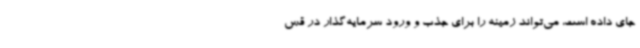
جای داده است، می‌تواند زمینه را برای جذب و ورود سرمایه‌گذار در قس